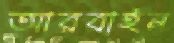
আরবাইন